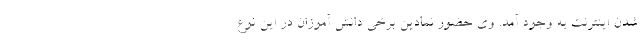
شدن اینترنت به وجود آمد. وی حضور نمادین برخی دانش آموزان در این نوع